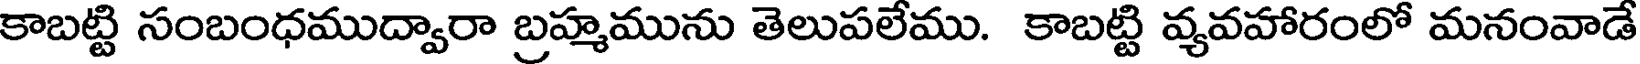
కాబట్టి సంబంధముద్వారా బ్రహ్మమును తెలుపలేము. కాబట్టి వ్యవహారంలో మనంవాడే